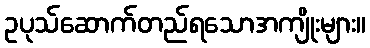
ဥပုသ်ဆောက်တည်ရသောအကျိုးများ။